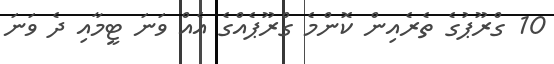
10 ގްރޫޕުގެ ތެރެއިން ކޮންމެ ގްރޫޕެއްގެ އެއް ވަނަ ޓީމާއި ދެ ވަނަ